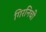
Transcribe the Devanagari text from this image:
गिरनिची